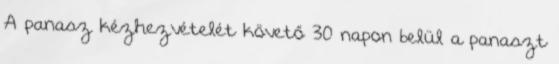
A panasz kézhezvételét követő 30 napon belül a panaszt